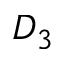
D _ { 3 }